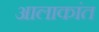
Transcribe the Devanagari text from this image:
आलाकांत